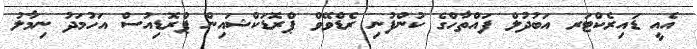
އެއީ ޑައިރެކްޓަރ އަބުދުލް ފައްތާހްގެ ކުންފުނި ރެޑްވޭވް ޕްރޮޑަކްޝައިން ޕްރޮޑިއުސް އަހުމަދު ނިމާލު